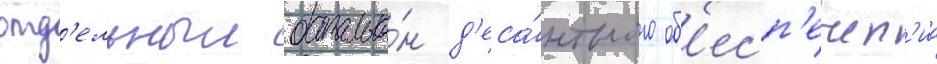
отд'ельныи батальо́н д'еса́нтного об'есп'ечен'иа